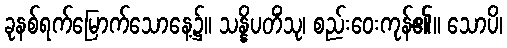
ခုနစ်ရက်မြောက်သောနေ့၌။ သန္နိပတိံသု၊ စည်းဝေးကုန်၏။ သောပိ၊